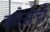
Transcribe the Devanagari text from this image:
कोर्सचे